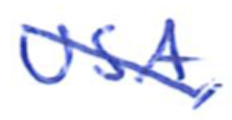
Text: USA,
Cross-out: mix
Writing tool: ballpoint